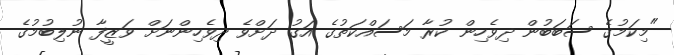
"މިކަމުގެ ސަބަބުން ދިވެހިން ކުރާ މަސައްކަތުގެ އަގު ދަށްވެ ދިވެހިންނަށް ވަޒީފާ ނުލިބުމުގެ